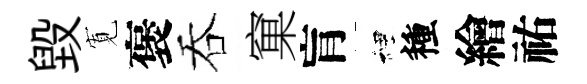
毁𡩖褒吞窠肓裡種繪祐